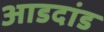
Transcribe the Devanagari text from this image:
आडदांड